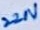
Text: 220V